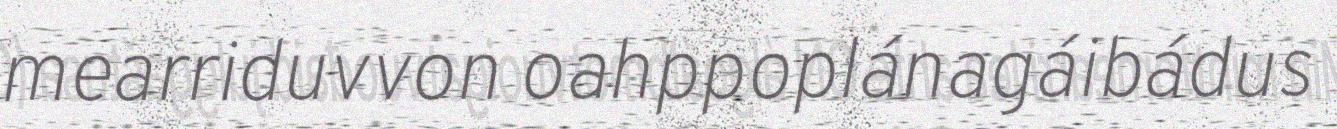
mearriduvvon oahppoplánagáibádus